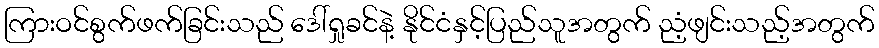
ကြားဝင်စွက်ဖက်ခြင်းသည် ဒေါ်ရှုခင်နဲ့ နိုင်ငံနှင့်ပြည်သူအတွက် ညံ့ဖျင်းသည့်အတွက်